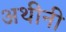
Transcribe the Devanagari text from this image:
अथीनी